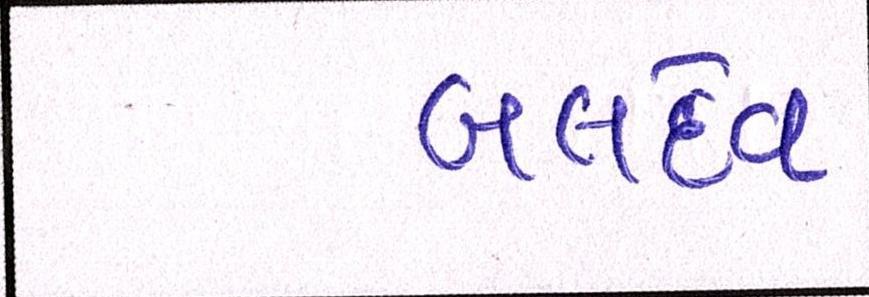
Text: બલદેવ